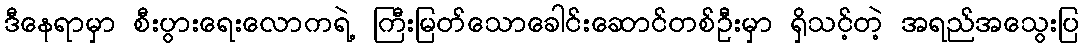
ဒီနေရာမှာ စီးပွားရေးလောကရဲ့ ကြီးမြတ်သောခေါင်းဆောင်တစ်ဦးမှာ ရှိသင့်တဲ့ အရည်အသွေးပြ